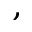
,